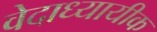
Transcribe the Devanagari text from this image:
वेदाध्यायीक